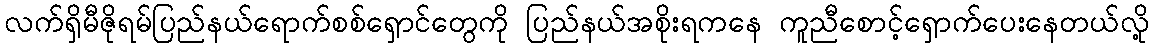
လက်ရှိမီဇိုရမ်ပြည်နယ်ရောက်စစ်ရှောင်တွေကို ပြည်နယ်အစိုးရကနေ ကူညီစောင့်ရှောက်ပေးနေတယ်လို့